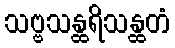
သဗ္ဗသန္ထရိသန္ထတံ